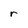
Character: r